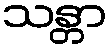
သန္တာ